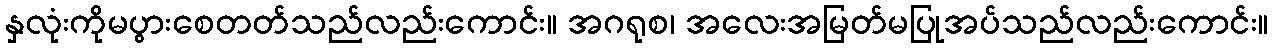
နှလုံးကိုမပွားစေတတ်သည်လည်းကောင်း။ အဂရုစ၊ အလေးအမြတ်မပြုအပ်သည်လည်းကောင်း။